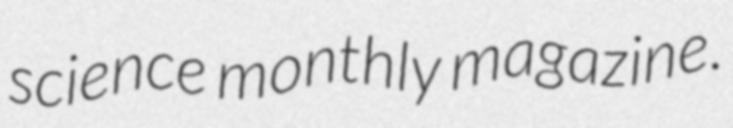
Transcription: science monthly magazine.